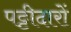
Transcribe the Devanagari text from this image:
पट्टीदारों